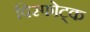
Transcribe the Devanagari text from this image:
विस्फोट्क